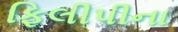
ફિલીપીના